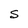
Character: S